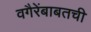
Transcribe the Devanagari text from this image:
वगैरेंबाबतची